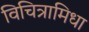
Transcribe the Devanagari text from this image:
विचित्रामिधा